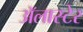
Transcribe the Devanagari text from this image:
अॅलास्टेर